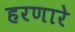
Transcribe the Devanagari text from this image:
हरणारे